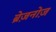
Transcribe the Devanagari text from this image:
ब्रेज़नोज़